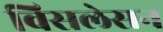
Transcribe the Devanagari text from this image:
विसलेसन